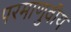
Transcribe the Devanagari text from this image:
परमाणुवीय